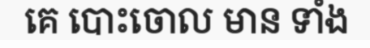
គេ បោះចោល មាន ទាំង